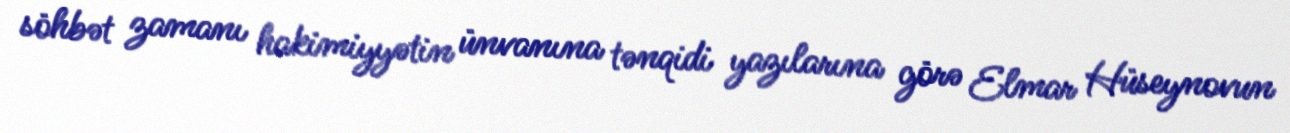
söhbət zamanı hakimiyyətin ünvanına tənqidi yazılarına görə Elmar Hüseynovun